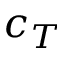
c _ { T }